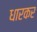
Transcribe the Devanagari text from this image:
धारकर